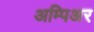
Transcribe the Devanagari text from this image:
अम्पिअर